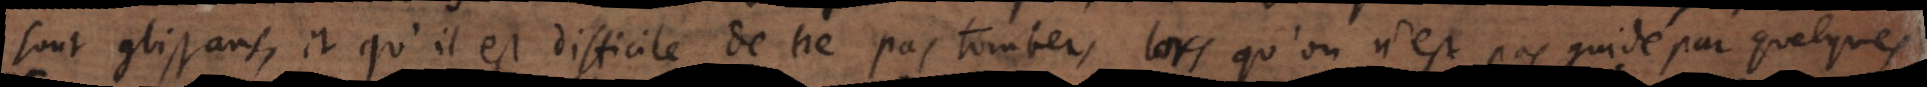
sont glissans, et qu’il est difficile de ne pas tomber, lorsqu’on n’est pas guidé par quelques